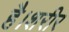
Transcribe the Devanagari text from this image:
है।शरीर